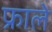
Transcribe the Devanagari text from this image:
फ्राले